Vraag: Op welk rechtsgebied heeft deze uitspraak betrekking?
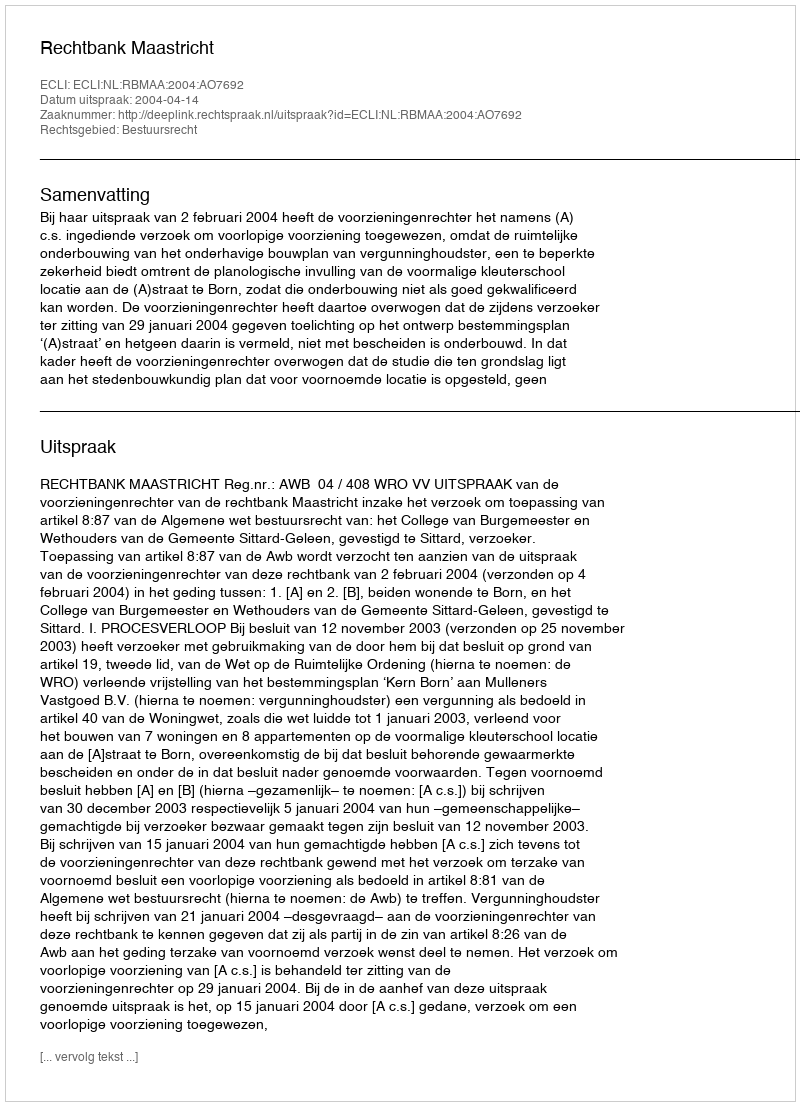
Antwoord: Bestuursrecht